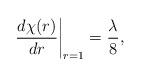
LaTeX: \begin{align*}\frac{d \chi(r)}{dr} \bigg|_{r=1} = \frac{\lambda}{8},\end{align*}